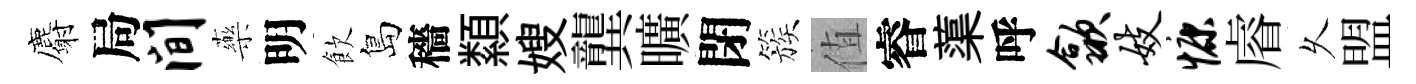
麝局间藥明飲島穡纇嫂龔曠閉簇值睿蕖呼歙妓慷𥈠乆盟